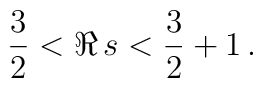
\frac{3}{2}<\Re\, s<\frac{3}{2}+1\,.